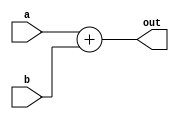
module adder #(parameter DATA_W = 64)(a, b, out);
    input  [DATA_W - 1 : 0] a;
    input  [DATA_W - 1 : 0] b;
    output [DATA_W - 1 : 0] out;

    assign out = a + b;
endmodule

module signed_adder #(parameter ADDR_W = 64, parameter IMM_W = 13)(a, b, out);
    input  [ADDR_W - 1 : 0] a;
    input  [IMM_W - 1 : 0] b;
    output [ADDR_W - 1 : 0] out;

    wire b_sign;
    wire [ADDR_W - IMM_W - 1 : 0] one;
    wire [ADDR_W - IMM_W - 1 : 0] zero;
    wire [ADDR_W - 1 : 0]         signed_b;

    assign b_sign = b[IMM_W - 1];

    assign one = -1;
    assign zero = 0;
    assign signed_b = (b_sign) ? {one, b[11 : 0]} : {zero, b[11 : 0]};

    assign out = a + signed_b;
endmodule

module subtracter #(parameter DATA_W = 64)(a, b, out);
    input  [DATA_W - 1 : 0] a;
    input  [DATA_W - 1 : 0] b;
    output [DATA_W - 1 : 0] out;

    assign out = a - b;
endmodule

module alu #(
    parameter DATA_W = 64,
    parameter INST_W = 3
)(
    input                   i_clk,      //input signal
    input                   i_rst_n,    //input signal
    input                   i_alu_op,   //input signal
    input                   i_sub,      //input signal
    input                   i_valid,    //input signal
    input  [DATA_W-1:0]     i_data_a,
    input  [DATA_W-1:0]     i_data_b,
    input  [INST_W-1:0]     i_inst,
    output [DATA_W-1:0]     o_data,
    output                  o_zero,     //output signal
    output                  o_valid     //output signal
);
    reg [DATA_W-1:0]     o_data_w;
    reg                  o_zero_w;
    reg                  o_valid_w;

    wire [63 : 0]addout;
    wire [63 : 0]subout;

    adder #(.DATA_W(DATA_W)) ADD (.a(i_data_a), .b(i_data_b), .out(addout));
    subtracter #(.DATA_W(DATA_W)) SUB(.a(i_data_a), .b(i_data_b), .out(subout));

    always @(*) begin
        if(i_alu_op) begin
            case (i_inst)
                3'b000: //ADD, SUB, ADDI
                    begin
                        if(~i_sub) begin
                            o_data_w <= addout;
                        end else begin
                            o_data_w <= subout;
                        end
                    end
                3'b100: //XOR, XORI
                    begin
                        o_data_w <= (i_data_a ^ i_data_b);
                    end
                3'b110: //OR, ORI
                    begin
                        o_data_w <= (i_data_a | i_data_b);
                    end
                3'b111: //AND, ANDI
                    begin
                        o_data_w <= (i_data_a & i_data_b);
                    end
                3'b001: //SLLI
                    begin
                        o_data_w <= (i_data_a << i_data_b);
                    end
                3'b101: //SRLI
                    begin
                        o_data_w <= (i_data_a >> i_data_b);
                    end
                3'b011: //LD, SD
                    begin
                        o_data_w <= addout;
                    end
                default :
                    begin
                        o_data_w <= 0;
                    end
            endcase    
            o_zero_w <= 0;
            o_valid_w <= 1;  
        end else begin
            case (i_inst) 
                3'b000: //BEQ
                    begin
                        o_zero_w <= (i_data_a == i_data_b);
                    end
                3'b001: //BNE
                    begin
                        o_zero_w <= (i_data_a != i_data_b);
                    end
                default :
                    begin
                        o_zero_w <= 0;
                    end
            endcase
            o_data_w <= 0;
            o_valid_w <= 1;
        end
    end

    always @(posedge i_clk) begin
        if(~i_rst_n) begin
             o_data_w <= 0;
             o_zero_w <= 0;
             o_valid_w <= 0;
        end 
    end

    assign o_data = o_data_w;
    assign o_zero = o_zero_w;
    assign o_valid = o_valid_w;
endmodule